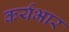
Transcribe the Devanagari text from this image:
कर्यभार